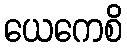
ယေကေစိ